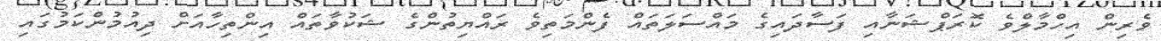
ވެރިން އިހްމާލްވެ ކޮރަޕްޝަނާއި ފަސާދައިގެ މައްސަލަތައް ފެންމަތިވެ ރައްޔިތުންގެ ޝަކުވާތައް އިންތިހާއަށް ދިއުމުންކަމުގައި